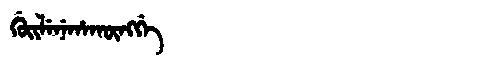
Manchu: ᡤᡠᡳᠯᡝᠨᡝᡥᠠᡴᡡᠩᡤᡝ
Romanization: GUILENEHAKŪNGGE